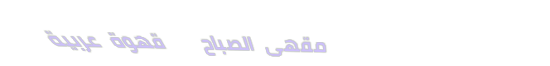
مقهى الصباح   قهوة عربية